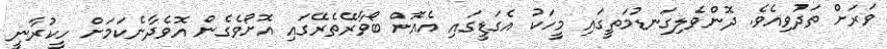
ވަރަށް ތަދުވިއެވެ. ދޮންވެލިގަނޑުމަތީގައި މީހަކު އެގަޑީގައި އެއޮށް ބޯވާރޭތެރޭގައި އޮށޯވެގެން އޮވެދާނެކަމަށް ހީކުރާނީ